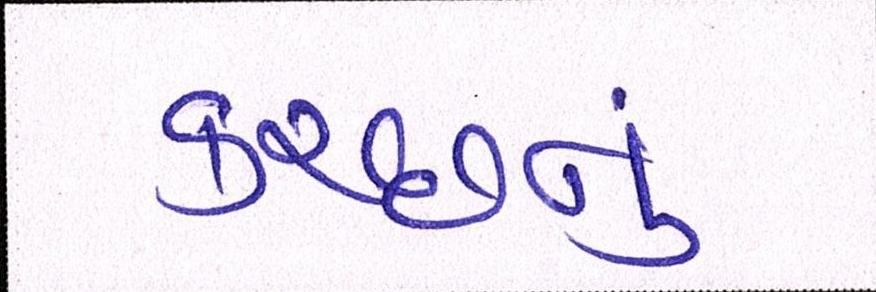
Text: કચ્છનું